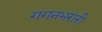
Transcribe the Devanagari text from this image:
गगनभरारी